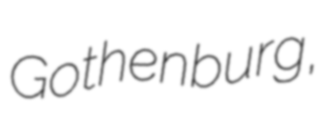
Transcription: Gothenburg,